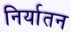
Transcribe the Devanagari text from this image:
निर्यातन